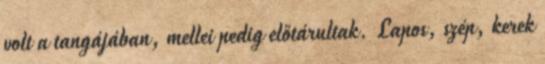
volt a tangájában, mellei pedig előtárultak. Lapos, szép, kerek